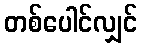
တစ်ပေါင်လျှင်